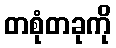
တစုံတခုကို